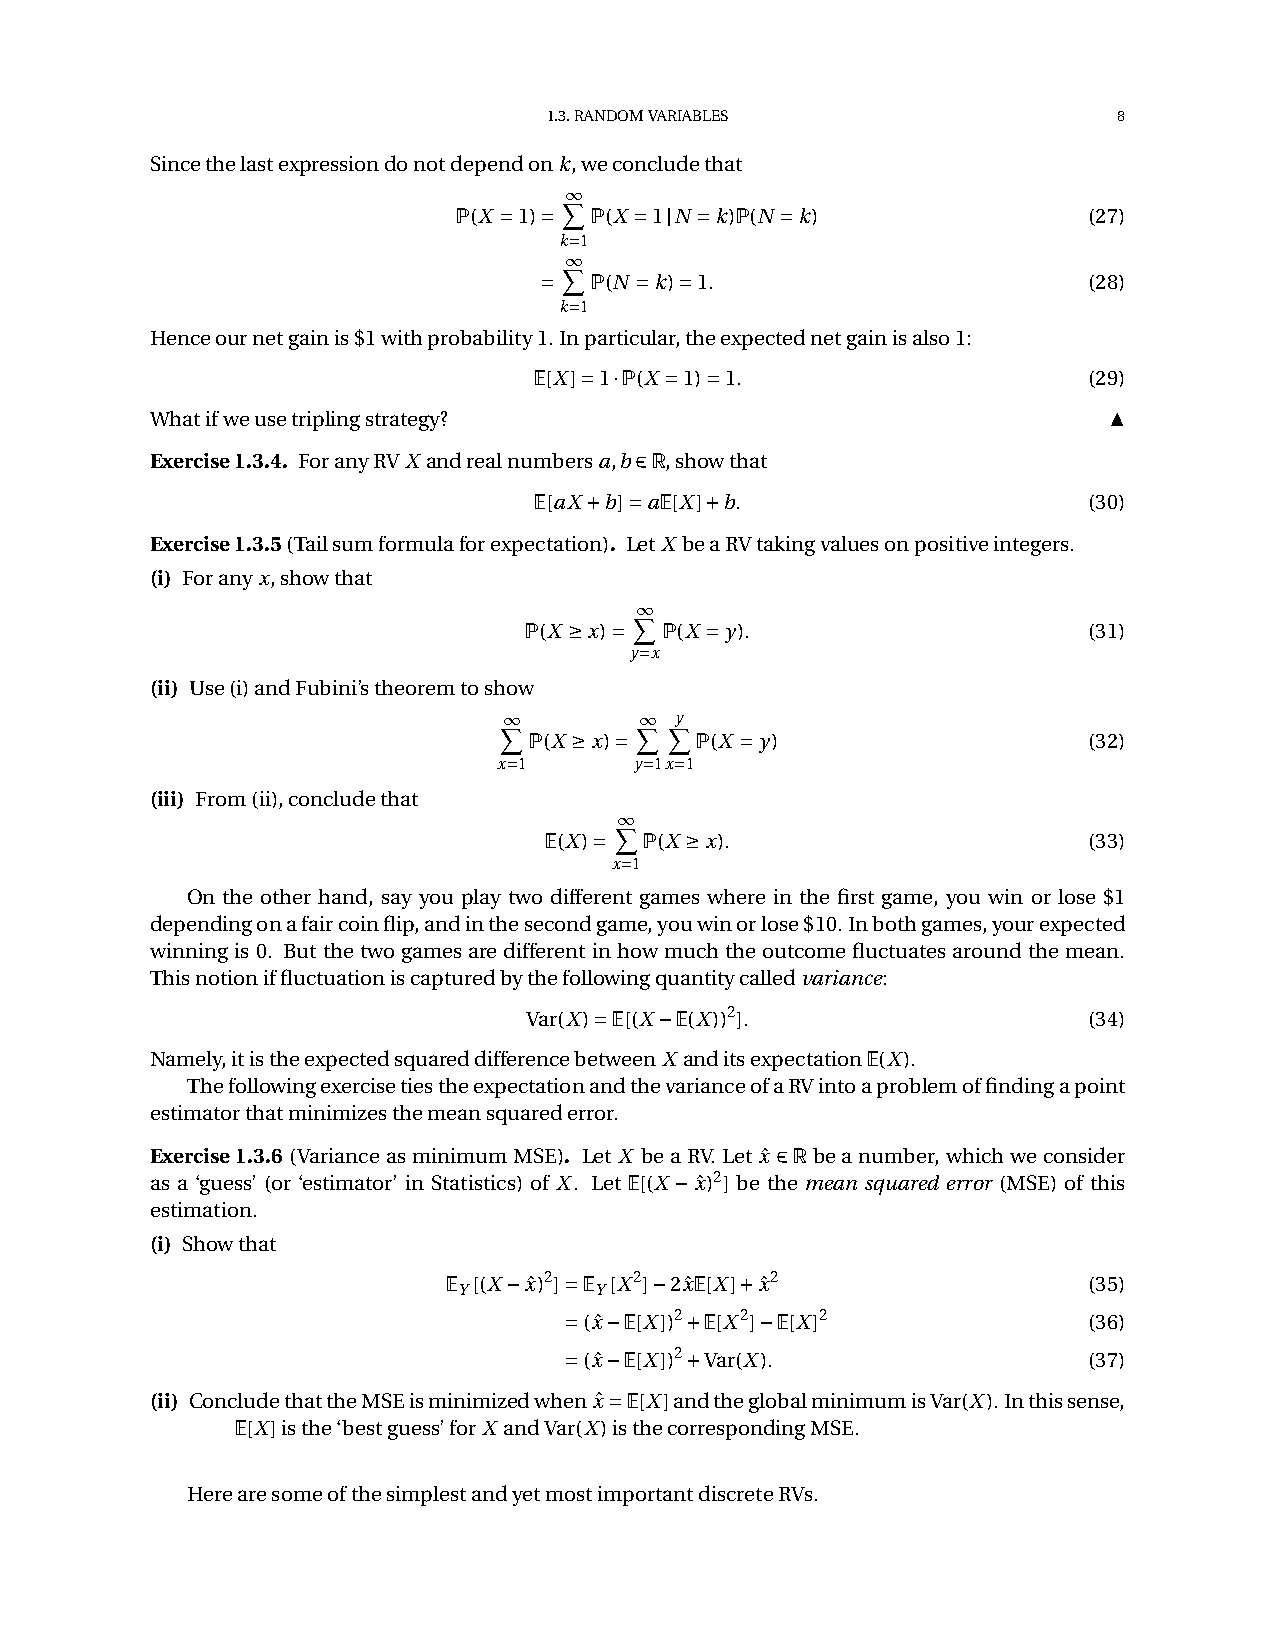
1.3.RANDOMVARIABLES                   8
 Sincethelastexpressiondonotdependonk,weconcludethat
 X1
 P(X ˘1)˘ P(X ˘1jN ˘k)P(N ˘k)              (27)
 k˘1
 X1
 ˘  P(N ˘k)˘1.                       (28)
 k˘1
 Henceournetgainis$1withprobability1.Inparticular,theexpectednetgainisalso1:
 E[X]˘1¢P(X ˘1)˘1.                    (29)
 ▲
 Whatifweusetriplingstrategy?
 Exercise1.3.4. ForanyRVX andrealnumbersa,b2R,showthat
 E[aX¯b]˘aE[X]¯b.                     (30)
 Exercise1.3.5(Tailsumformulaforexpectation). LetX beaRVtakingvaluesonpositiveintegers.
 (i) Foranyx,showthat
 X1
 P(X ‚x)˘ P(X ˘y).                    (31)
 y˘x
 (ii) Use(i)andFubini’stheoremtoshow
 X1       X1 Xy
 P(X ‚x)˘   P(X ˘y)                   (32)
 x˘1      y˘1x˘1
 (iii) From(ii),concludethat
 X1
 E(X)˘  P(X ‚x).                     (33)
 x˘1
 On the other hand, say you play two different games where in the first game, you win or lose $1
 dependingonafaircoinflip,andinthesecondgame,youwinorlose$10.Inbothgames,yourexpected
 winning is 0. But the two games are different in how much the outcome fluctuates around the mean.
 Thisnotioniffluctuationiscapturedbythefollowingquantitycalledvariance:
 Var(X)˘E[(X¡E(X))2].                 (34)
 Namely,itistheexpectedsquareddifferencebetweenX anditsexpectationE(X).
 ThefollowingexercisetiestheexpectationandthevarianceofaRVintoaproblemoffindingapoint
 estimatorthatminimizesthemeansquarederror.
 Exercise1.3.6(VarianceasminimumMSE). Let X beaRV.Let xˆ2Rbeanumber, whichweconsider
 as a ‘guess’ (or ‘estimator’ in Statistics) of X. Let E[(X ¡xˆ)2] be the mean squared error (MSE) of this
 estimation.
 (i) Showthat
 E [(X¡xˆ)2]˘E [X2]¡2xˆE[X]¯xˆ2            (35)
 Y        Y
 ˘(xˆ¡E[X])2¯E[X2]¡E[X]2            (36)
 ˘(xˆ¡E[X])2¯Var(X).                (37)
 (ii) ConcludethattheMSEisminimizedwhenxˆ˘E[X]andtheglobalminimumisVar(X).Inthissense,
 E[X]isthe‘bestguess’forX andVar(X)isthecorrespondingMSE.
 HerearesomeofthesimplestandyetmostimportantdiscreteRVs.